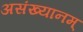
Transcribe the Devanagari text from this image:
असंख्यानम्‌